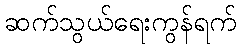
ဆက်သွယ်ရေးကွန်ရက်